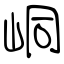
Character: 峒